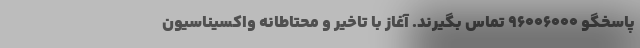
پاسخگو 96006000 تماس بگیرند. آغاز با تاخیر و محتاطانه واکسیناسیون